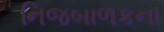
નિજબાળકના